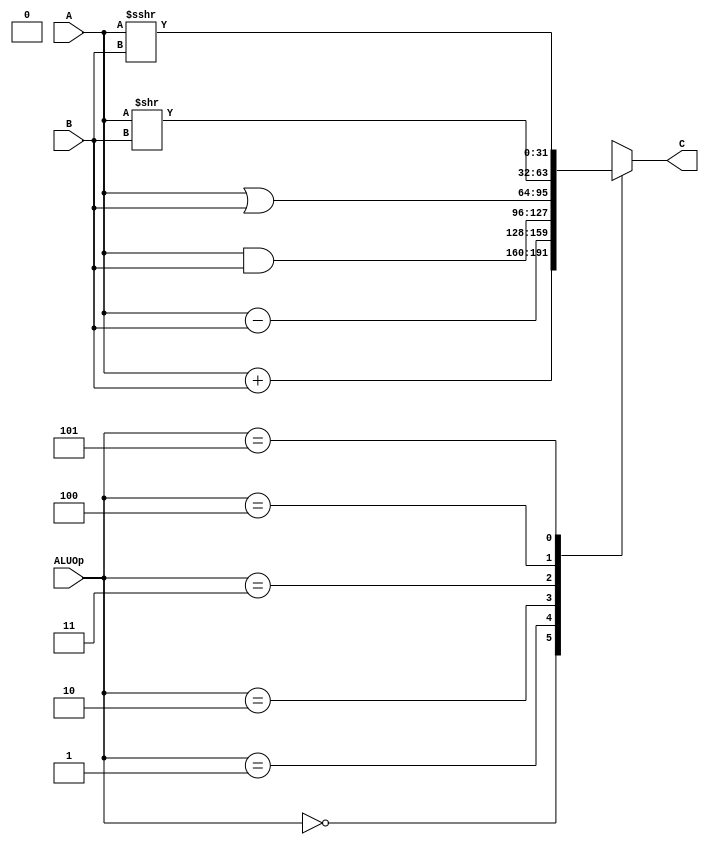
`timescale 1ns / 1ps
//////////////////////////////////////////////////////////////////////////////////
// Company: 
// Engineer: 
// 
// Design Name: 
// Module Name:    alu 
// Project Name: 
// Target Devices: 
// Tool versions: 
// Description: 
//
// Dependencies: 
//
// Revision: 
// Revision 0.01 - File Created
// Additional Comments: 
//
//////////////////////////////////////////////////////////////////////////////////
module alu(
    input [31:0] A,
    input [31:0] B,
    input [2:0] ALUOp,
    output reg [31:0] C
    );
	
	always @(*) begin
		case (ALUOp)
			3'b000: C = A + B;
			3'b001: C = A - B;
			3'b010: C = A & B;
			3'b011: C = A | B;
			3'b100: C = A >> B;
			3'b101: C = $signed(A) >>> B;
			default: C = 31'hxxxxxxxx;
		endcase
	end


endmodule